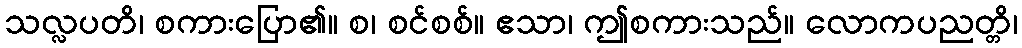
သလ္လပတိ၊ စကားပြော၏။ စ၊ စင်စစ်။ ဧသာ၊ ဤစကားသည်။ လောကပညတ္တိ၊